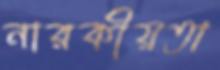
নারকীয়তা